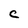
Character: c